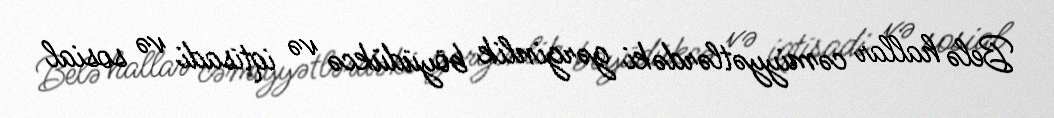
Belə hallar cəmiyyətlərdəki gərginlik böyüdükcə və iqtisadi və sosial